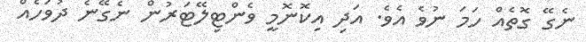
ނެގޭ ގޮތެއް ހަމަ ނުވެ އެވެ. އަދި އިކޮނޮމީ ވެންޓިލޭޓަރުން ނެގޭނެ ދުވަހެއް